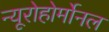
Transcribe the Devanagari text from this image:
न्यूरोहोर्मोनल